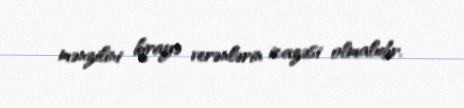
mənzilini kirayə verənlərin icazəsi olmalıdır.